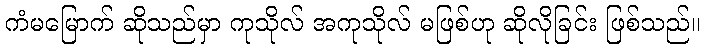
ကံမမြောက် ဆိုသည်မှာ ကုသိုလ် အကုသိုလ် မဖြစ်ဟု ဆိုလိုခြင်း ဖြစ်သည်။